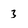
Character: 3